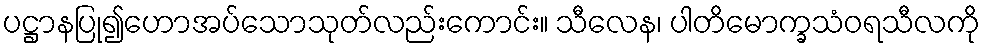
ပဋ္ဌာနပြု၍ဟောအပ်သောသုတ်လည်းကောင်း။ သီလေန၊ ပါတိမောက္ခသံဝရသီလကို